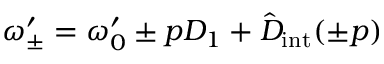
\omega _ { \pm } ^ { \prime } = \omega _ { 0 } ^ { \prime } \pm p D _ { 1 } + \hat { D } _ { \mathrm { i n t } } ( \pm p )